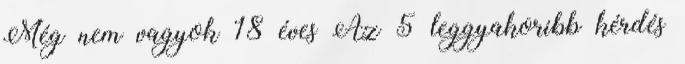
Még nem vagyok 18 éves Az 5 leggyakoribb kérdés